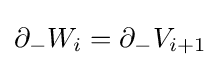
\partial _{-}W_{i}=\partial _{-}V_{i+1}